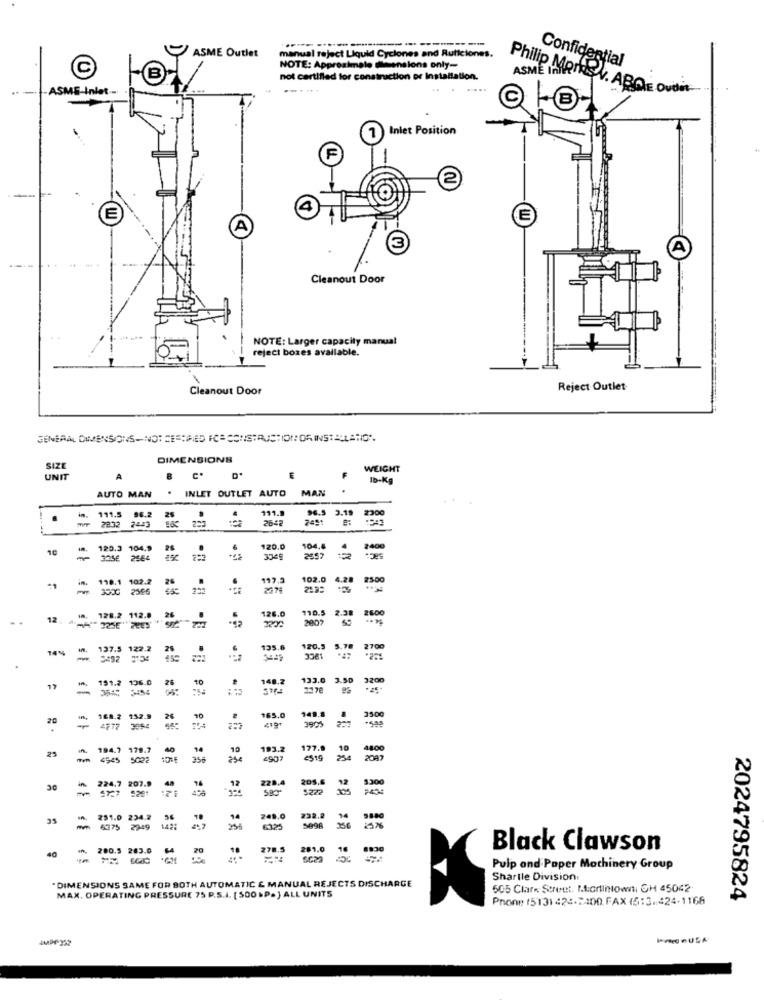
...
----
ASME Outlet
manual reject Liquid Cyclones and Ruticiones.
Confidential
NOTE: Approximate mensions only-
ASME In!
-B
not certified for construction or Installation.
.-
ASMS-Inlet -
Philip Mortes V. ABOE Ovan.
Inlet Position
Cleanout Door
NOTE: Larger capacity manual
reject boxes available.
Cleanout Door
Reject Outlet
DIMENSIONS
SIZ
WEIGHT
UNIT
A
B C*
F
Ib-Kg
AUTO MAN
INLET OUTLET AUTO MAN
111.9
96.5 3.19
2300
.
111.5 96.2
7443
2491
10
120.3 104.
120.0
104,6
2400
3545
2652
110.1 102.2
26
197.5
102.0
4.28
2500
350G
2396
2.38
2600
128.2
26
.
126.0
110.5
2007
14%
137.5 122.2
25
135.8
120.5
2700
3081
151.2 136.0
26
133.0
3.50
3200
17
3544 5454
3500
168.2 132.9
26
10
165,0
149.8
20
3905
23
194.7 179.7
193.2
177.9
4800
4545 5022
9022
4957
2097
14
205,6
3300
224.7
207.9
228.4
25
251.0 234.2
56
248.0
232.2
14
6375 2949
5098 356
200.5 263.0
18
278.5
281.0
16
8830
Black Clawson
40
Pulp and Paper Machinery Group
. DIMENSIONS SAME FOR BOTH AUTOMATIC E MANUAL REJECTS DISCHARGE
Shartle Division:
MAX. OPERATING PRESSURE 75 P.S.I. [500 .P.] ALL UNITS
505 Clare Street, Portintownti GH 45042
Phone (5131 424-2400.FAX (5:3.424-1166
2024795824